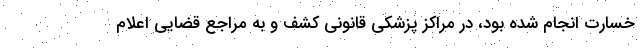
خسارت انجام شده بود، در مراکز پزشکی قانونی کشف و به مراجع قضایی اعلام